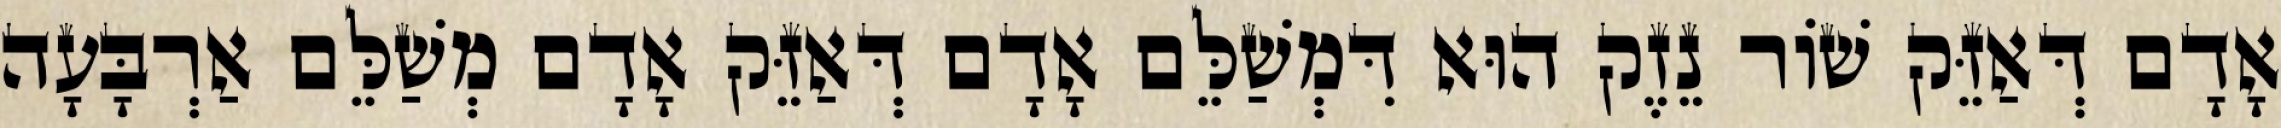
אָדָם דְּאַזֵּק שׁוֹר נֵזֶק הוּא דִּמְשַׁלֵּם אָדָם דְּאַזֵּק אָדָם מְשַׁלֵּם אַרְבָּעָה